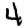
Digit: 4